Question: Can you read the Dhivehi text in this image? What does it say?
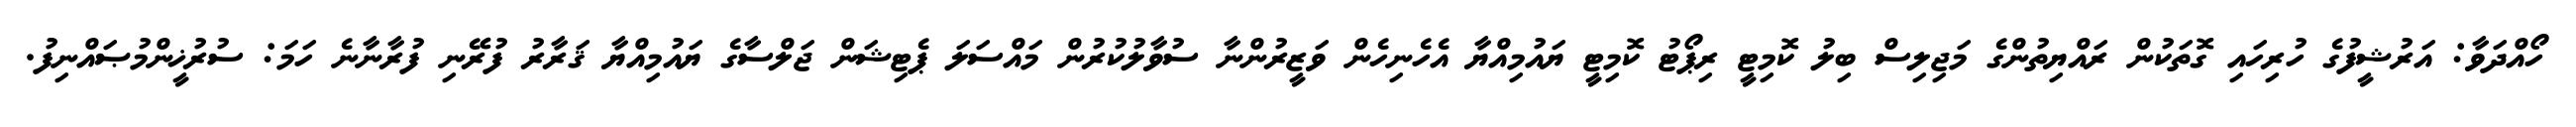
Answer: ހޯއްދަވާ: އަރުޝީފުގެ ހުރިހައި ގޮތަކުން ރައްޔިތުންގެ މަޖިލިސް ބިލު ކޮމިޓީ ރިޕޯޓު ކޮމިޓީ ޔައުމިއްޔާ އެހެނިހެން ވަޒީރުންނާ ސުވާލުކުރުން މައްސަލަ ޕެޓިޝަން ޖަލްސާގެ ޔައުމިއްޔާ ޤަރާރު ފުރޭނި ފުރާނާނެ ހަމަ: ސުރުޚީންމުޞައްނިފު.